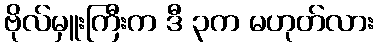
ဗိုလ်မှူးကြီးက ဒီ ၃က မဟုတ်လား